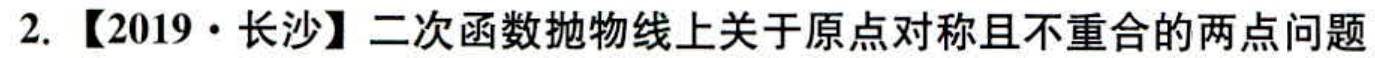
2. 【2019·长沙】二次函数抛物线上关于原点对称且不重合的两点问题